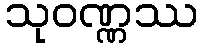
သုဝဏ္ဏဿ